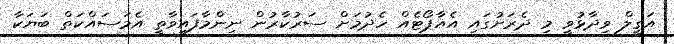
އަގީލް ވިދާޅުވީ މި ދެރަށުގައި އެެއާޕޯޓެއް ހެދުމަށް ސަރުކާރުން ނިންމާފައިވާތީ އެމަސައްކަތް ބަޔަކާ